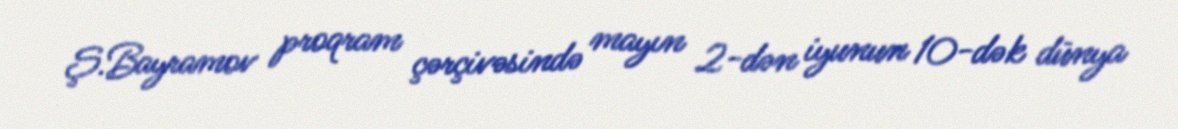
Ş.Bayramov proqram çərçivəsində mayın 2-dən iyunun 10-dək dünya